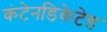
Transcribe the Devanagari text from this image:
कंटेनडिकेटेड